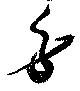
勞